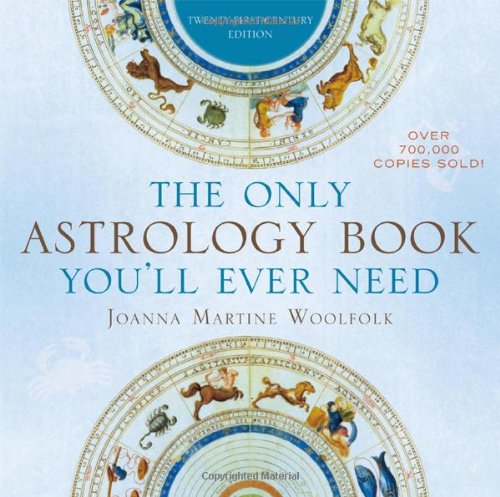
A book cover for The Only Astrology Book You'll Ever Need; Joanna Martine Woolfolk; Religion & Spirituality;